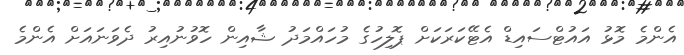
އެންމެ މޮޅު އައުޓްސައިޑް އެޓޭކަރަކަށް ޕޮލިހުގެ މުހައްމަދު ޝާއިން ހޮވުނުއިރު ދެވަނައަށް އެންމެ